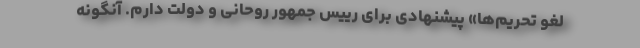
لغو تحریم‌ها» پیشنهادی برای رییس جمهور روحانی و دولت دارم. آنگونه